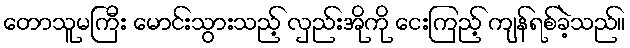
တောသူမကြီး မောင်းသွားသည့် လှည်းအိုကို ငေးကြည့် ကျန်ရစ်ခဲ့သည်။